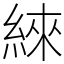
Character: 䋱